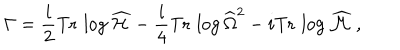
\Gamma = { \frac { i } { 2 } } \mathrm { T r } \, \log \widehat { \cal H } - { \frac { i } { 4 } } \mathrm { T r } \, \log \widehat { \Omega } ^ { 2 } - i \mathrm { T r } \, \log \widehat { \cal M } \ ,